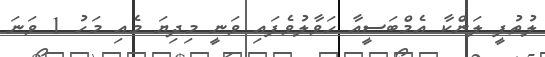
ލުތުފީ ލަންކާ އެމްބަސީއާ ހަވާލުވެފައި ވަނީ މިދިޔަ މެއި މަހު 1 ވަނަ